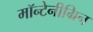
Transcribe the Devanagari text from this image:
मॉन्टेनीग्रिन